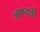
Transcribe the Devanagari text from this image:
जाण्यची